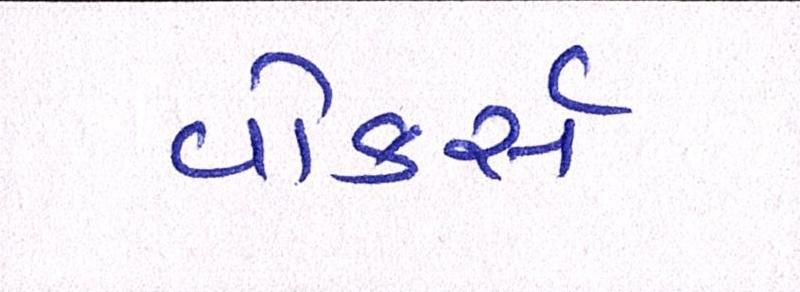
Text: વોકર્સ